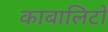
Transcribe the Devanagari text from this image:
काबालिटो